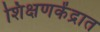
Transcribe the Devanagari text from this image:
शिक्षणकेंद्रात